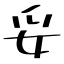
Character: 妥